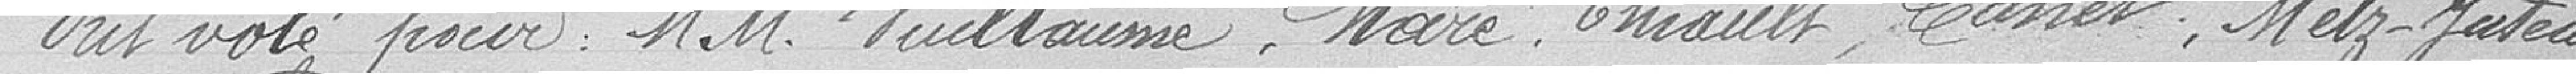
Ont voté pour : Messieurs Vuillaume, Maré, Thiault, Canet, Metz-Juteau, Lapostolet et Koelly